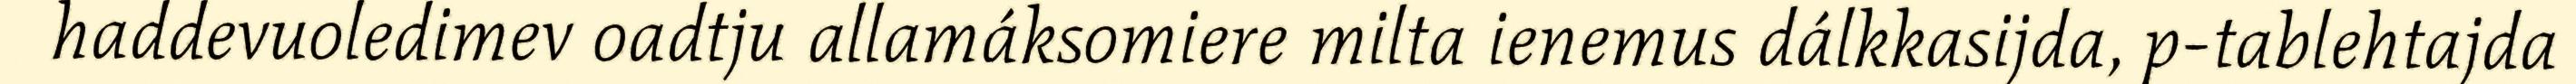
haddevuoledimev oadtju allamáksomiere milta ienemus dálkkasijda, p-tablehtajda